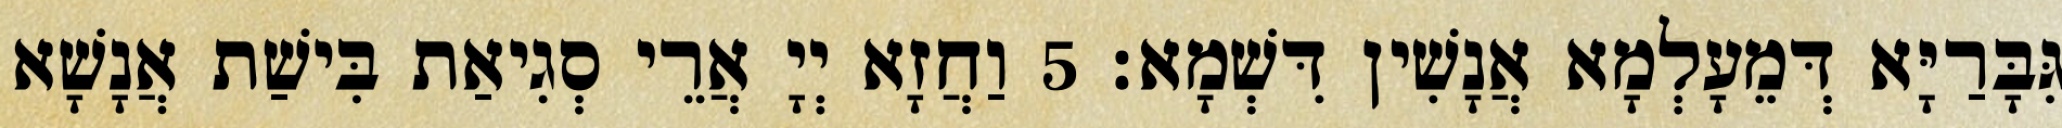
גִּבָּרַיָּא דְּמֵעָלְמָא אֲנָשִׁין דִּשְׁמָא׃ 5 וַחֲזָא יְיָ אֲרֵי סְגִיאַת בִּישַׁת אֲנָשָׁא